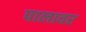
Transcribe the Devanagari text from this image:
पालावर